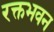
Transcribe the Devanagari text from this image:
रक्तभवन